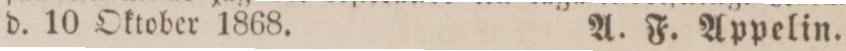
d. 10 Oktober 1868.    A. F. Appelin.